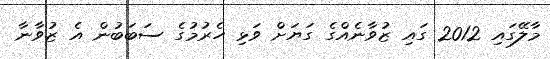
މާލޭގައި 2012 ގައި ޒުވާނެއްގެ ގަޔަށް ވަޅި ހެރުމުގެ ސަބަބުން އެ ޒުވާނާ